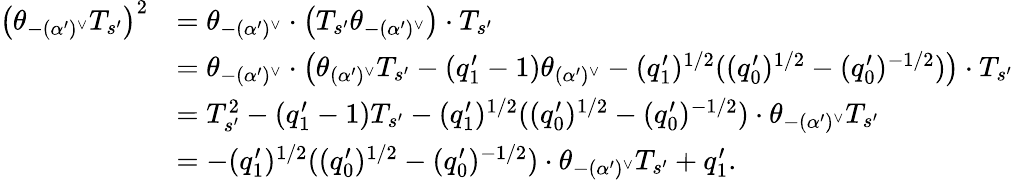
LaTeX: \begin{array}{rl}{\left(\theta_{-(\alpha^{\prime})^{\vee}}T_{s^{\prime}}\right)^{2}}&{=\theta_{-(\alpha^{\prime})^{\vee}}\cdot\left(T_{s^{\prime}}\theta_{-(\alpha^{\prime})^{\vee}}\right)\cdot T_{s^{\prime}}}\\ &{=\theta_{-(\alpha^{\prime})^{\vee}}\cdot\left(\theta_{(\alpha^{\prime})^{\vee}}T_{s^{\prime}}-(q_{1}^{\prime}-1)\theta_{(\alpha^{\prime})^{\vee}}-(q_{1}^{\prime})^{1/2}((q_{0}^{\prime})^{1/2}-(q_{0}^{\prime})^{-1/2})\right)\cdot T_{s^{\prime}}}\\ &{=T_{s^{\prime}}^{2}-(q_{1}^{\prime}-1)T_{s^{\prime}}-(q_{1}^{\prime})^{1/2}((q_{0}^{\prime})^{1/2}-(q_{0}^{\prime})^{-1/2})\cdot\theta_{-(\alpha^{\prime})^{\vee}}T_{s^{\prime}}}\\ &{=-(q_{1}^{\prime})^{1/2}((q_{0}^{\prime})^{1/2}-(q_{0}^{\prime})^{-1/2})\cdot\theta_{-(\alpha^{\prime})^{\vee}}T_{s^{\prime}}+q_{1}^{\prime}.}\end{array}